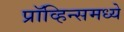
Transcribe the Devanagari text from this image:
प्रॉव्हिन्समध्ये